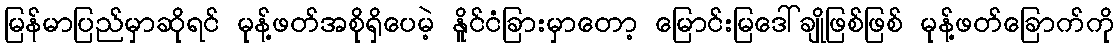
မြန်မာပြည်မှာဆိုရင် မုန့်ဖတ်အစိုရှိပေမဲ့ နိူင်ငံခြားမှာတော့ မြောင်းမြဒေါ်ချိုဖြစ်ဖြစ် မုန့်ဖတ်ခြောက်ကို